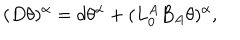
LaTeX: ( D \theta ) ^ { \alpha } = d \theta ^ { \alpha } + ( L _ { 0 } ^ { A } B _ { A } \theta ) ^ { \alpha } ,